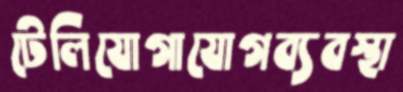
টেলিযোগাযোগব্যবস্থা